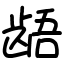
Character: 龉